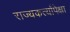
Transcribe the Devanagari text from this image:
राज्यकर्त्यांपेक्षा